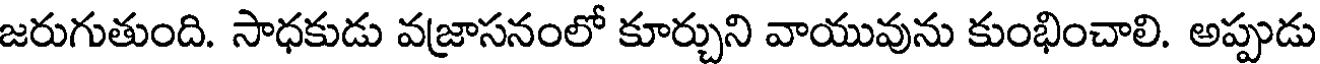
జరుగుతుంది. సాధకుడు వజ్రాసనంలో కూర్చుని వాయువును కుంభించాలి. అప్పుడు